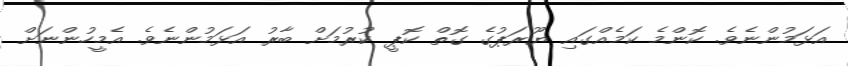
އަޅަމުންނެވެ. ކޮންމެ ކަމެއްގައި ޔޫރަޕުގެ ގޮތް ކޮޕީ ކުރުމަށް ބާރު އަޅަމުންނެވެ. އެމީހުންނަށް